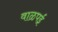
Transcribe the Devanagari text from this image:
वाळपई